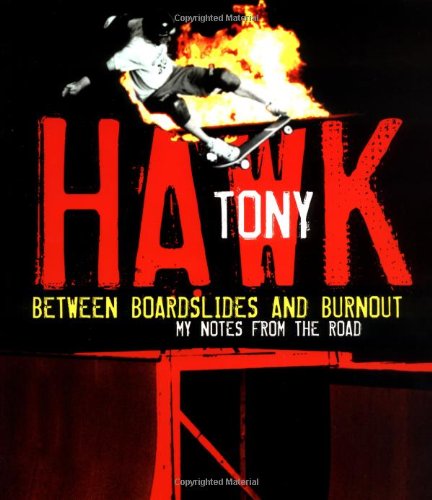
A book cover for Between Boardslides and Burnout: My Notes from the Road; Tony Hawk; Sports & Outdoors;